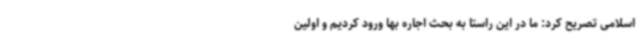
اسلامی تصریح کرد: ما در این راستا به بحث اجاره بها ورود کردیم و اولین